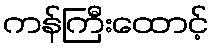
ကန်ကြီးထောင့်